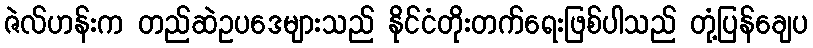
ဇဲလ်ဟန်းက တည်ဆဲဥပဒေများသည် နိုင်ငံတိုးတက်ရေးဖြစ်ပါသည် တုံ့ပြန်ချေပ